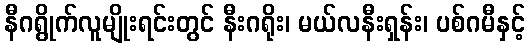
နီဂရွိုက်လူမျိုးရင်းတွင် နီးဂရိုး၊ မယ်လနီးရှန်း၊ ပစ်ဂမီနှင့်